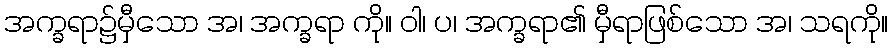
အက္ခရာ၌မှီသော အ၊ အက္ခရာ ကို။ ဝါ၊ ပ၊ အက္ခရာ၏ မှီရာဖြစ်သော အ၊ သရကို။